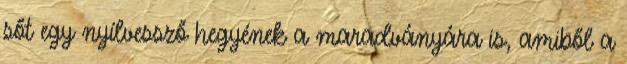
sőt egy nyílvessző hegyének a maradványára is, amiből a